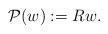
LaTeX: \begin{align*}\mathcal{P}(w) :=Rw. \end{align*}